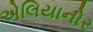
એલિયાનોર